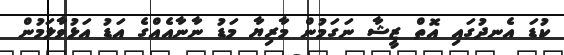
ކުޑަ އެނދުގައި އޮތް ޒީޝާ ނަގަމުން މާރިޔާ މަޑު ނާނާއެއްގެ އަޑު އަޅުވާލަމުން